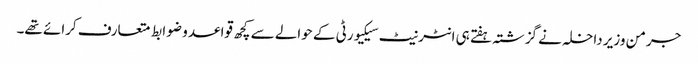
جرمن وزیر داخلہ نے گزشتہ ہفتے ہی انٹرنیٹ سیکیورٹی کے حوالے سے کچھ قواعد و ضوابط متعارف کرائے تھے۔